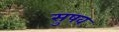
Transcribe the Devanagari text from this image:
सुषव